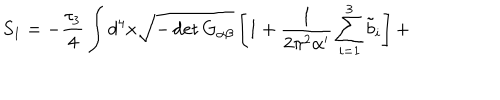
LaTeX: S _ { 1 } = - \frac { \tau _ { 3 } } { 4 } \int d ^ { 4 } x \sqrt { - \det G _ { \alpha \beta } } \left[ 1 + \frac { 1 } { 2 \pi ^ { 2 } \alpha ^ { \prime } } \sum _ { i = 1 } ^ { 3 } { \tilde { b } } _ { i } \right] +